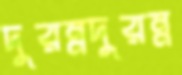
দুরম্নদুরম্ন